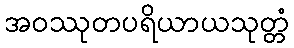
အဝဿုတပရိယာယသုတ္တံ